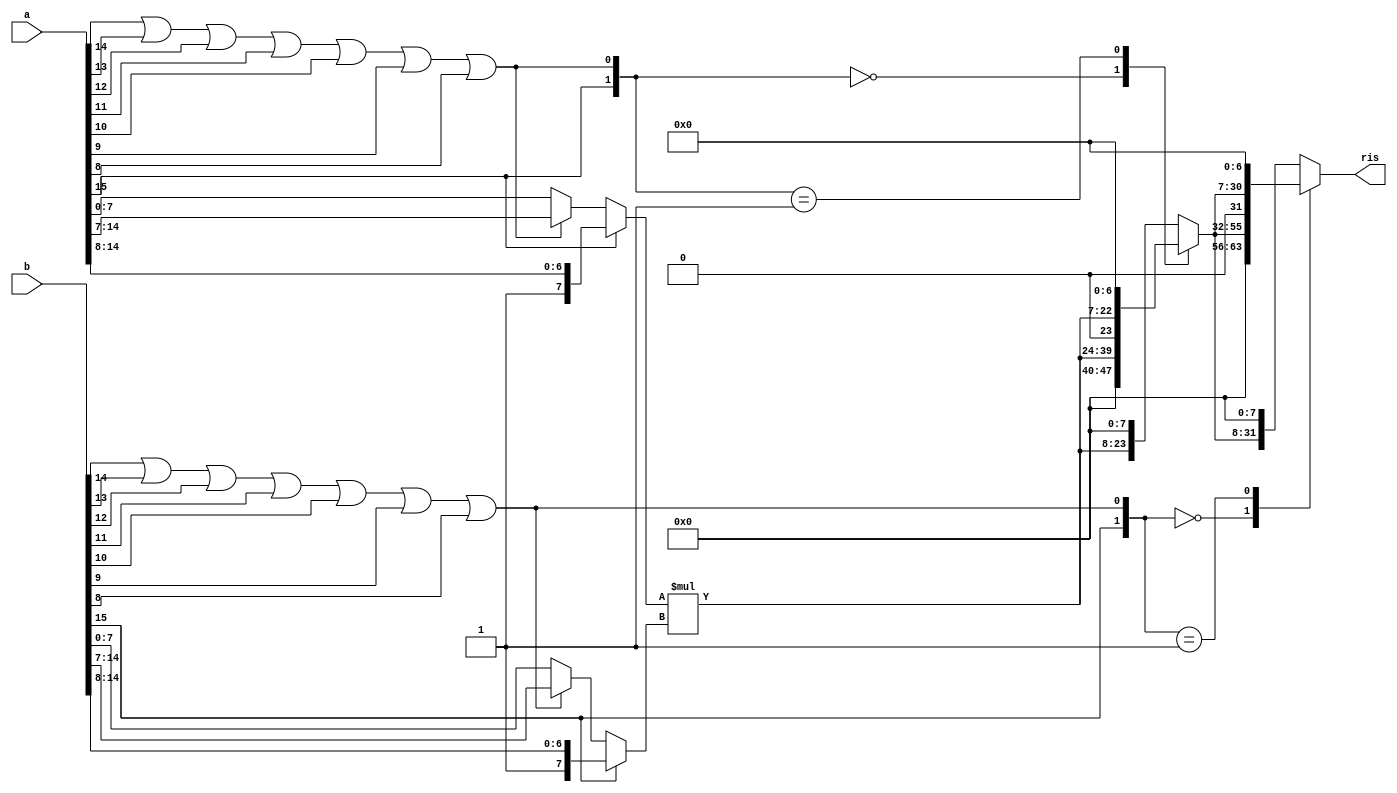
module gESSM_n16_m8_q7(a, b, ris);

// **** Unsigned multiplier with recursive SSM approximate ****
input wire [15:0] a;
input wire [15:0] b;
output reg [31:0] ris;

wire alfa_a1,alfa_a2, alfa_b1, alfa_b2;
wire [7:0] assm, bssm, assm_tmp, bssm_tmp;

// **********************
// **** SEGMENTATION ****

assign alfa_a1 = (a[15]);
assign alfa_a2 = (a[14] || a[13] || a[12] || a[11] || a[10] || a[9] || a[8]);

assign assm_tmp = (alfa_a2==1'b0)? a[7:0] : a[14:7];
assign assm = (alfa_a1==1'b0)? assm_tmp : a[15:8];

assign alfa_b1 = (b[15]);
assign alfa_b2 = (b[14] || b[13] || b[12] || b[11] || b[10] || b[9] || b[8]);

assign bssm_tmp = (alfa_b2==1'b0)? b[7:0] : b[14:7];
assign bssm = (alfa_b1==1'b0)? bssm_tmp : b[15:8];

// **** PRODUCT ****

wire [15:0] Mssm;
assign Mssm = assm* /* cadence sub_arch non_booth */ bssm;

// **** OUTPUT SHIFT ****

reg [23:0] ris_tmp1;
always@* begin
    case({alfa_a1, alfa_a2})
        2'b00 :ris_tmp1<=Mssm;
        2'b01 :ris_tmp1<={Mssm,7'd0};
        default:ris_tmp1<={Mssm,8'd0};
    endcase
end

always@* begin
    case({alfa_b1, alfa_b2})
        2'b00 :ris<=ris_tmp1;
        2'b01 :ris<={ris_tmp1,7'd0};
        default:ris<={ris_tmp1,8'd0};
    endcase
end

endmodule